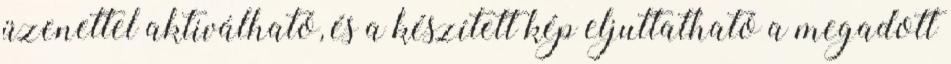
üzenettel aktiválható, és a készített kép eljuttatható a megadott